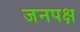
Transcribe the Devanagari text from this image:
जनपक्ष